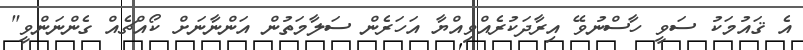
އެ ޤައުމަކު ސަވީ ހާސްނުވޭ އިރާދަކުރެއްވިއްޔާ އަހަރެން ސަލާމަތުން އަންނާނަށް ކޯއްޗެއް ގެންނަންވީ"